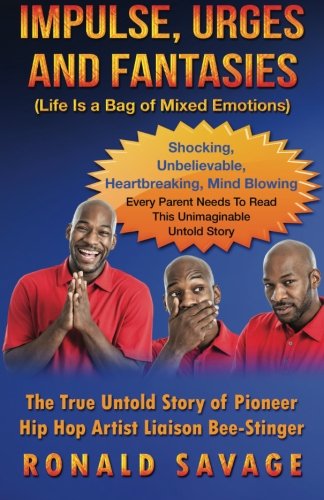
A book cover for Impulse Urges And Fantasies: Life Is a Bag of Mixed Emotions, Vol. 1; Ronald Savage; Health, Fitness & Dieting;